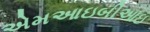
એમઆઇબીઆઇ